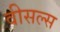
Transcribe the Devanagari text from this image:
वीसल्स